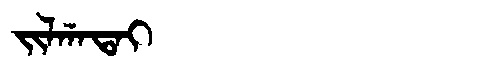
Manchu: ᠵᡳᠯᡤᠠᡨᠠᡳ
Romanization: JILGATAI